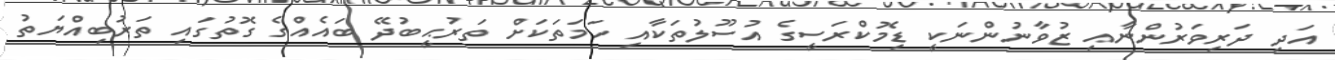
އަދި ދަރިވަރުންނާއި ޒުވާނުންނަކީ ޑިމޮކްރަސީގެ އުސޫލުތަކާއި ހަމަތަކަށް ތަރުޙީބުދޭ ބައެއްގެ ގޮތުގައި ތަރުބިއްޔަތު